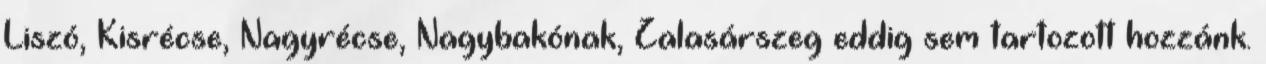
Liszó, Kisrécse, Nagyrécse, Nagybakónak, Zalasárszeg eddig sem tartozott hozzánk.